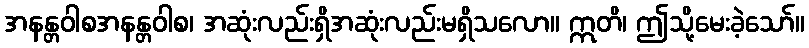
အနန္တဝါစအနန္တဝါစ၊ အဆုံးလည်းရှိအဆုံးလည်းမရှိသလော။ ဣတိ၊ ဤသို့မေးခဲ့သော်။